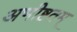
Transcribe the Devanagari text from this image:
अभीष्टतम्